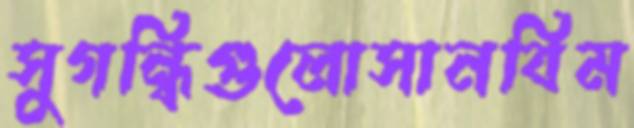
সুগন্ধিগুলোসানবিম